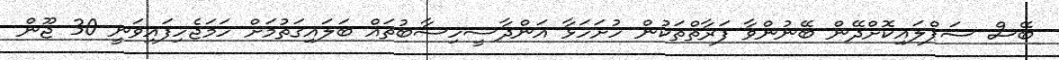
ބޭސް ސަޕްލައިކޮށްދޭން ބޭނުންވާ ފަރާތްތަކުން ހުށަހަޅާ އަންދާސީހިސާބުތައް ބަލައިގަތުމަށް ހަމަޖެހިފައިވަނީ 30 ޖޫން